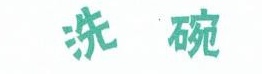
洗碗